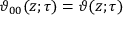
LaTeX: \vartheta _ { 0 0 } ( z ; \tau ) = \vartheta ( z ; \tau )